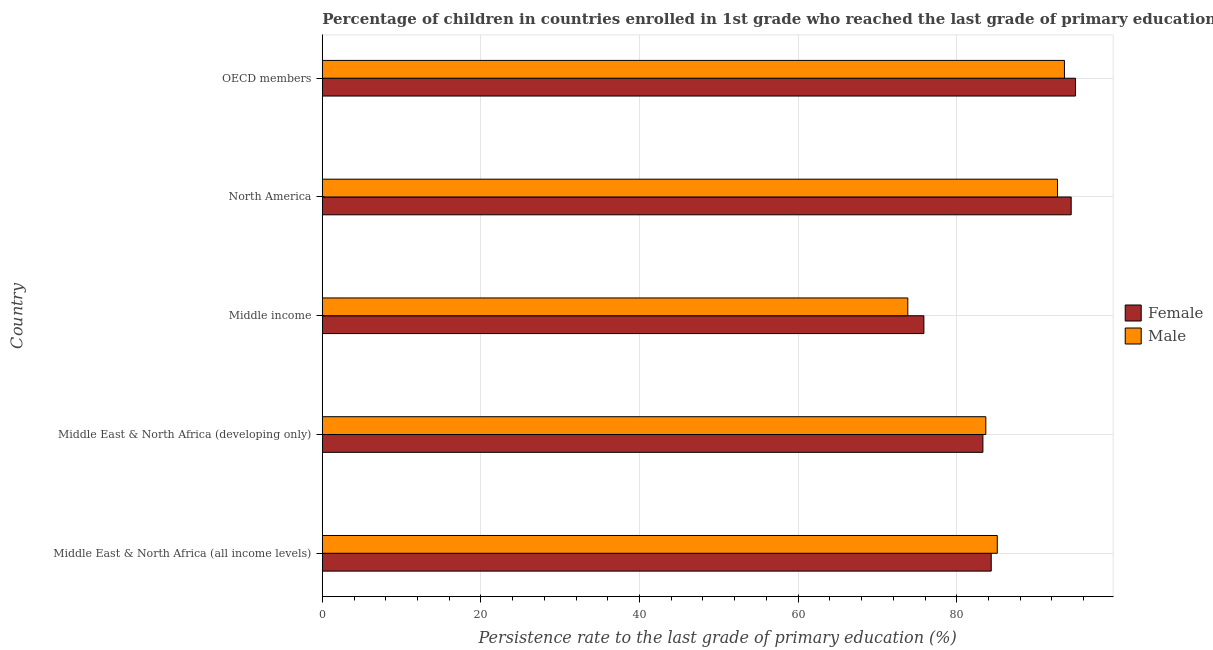
| Country | Female | Male |
 | --- | --- | --- |
 | Middle East & North Africa (all income levels) | 84.3 | 85.1 |
 | Middle East & North Africa (developing only) | 83.3 | 83.7 |
 | Middle income | 75.9 | 73.8 |
 | North America | 94.4 | 92.7 |
 | OECD members | 95 | 93.6 |